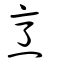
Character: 烹